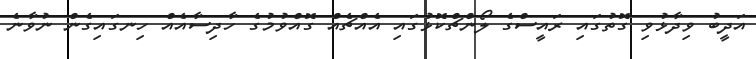
އަދީބު ވިދާޅުވި ގޮތުގައި ރައީސްގެ ލޯންޗްކޮޅުގައި އެއްޗެއް ގޮއްވުމުގެ ހާދިސާއެއް ހިނގައިގެން ނުވާނެ